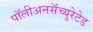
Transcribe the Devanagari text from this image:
पॉलीअनसॅच्युरेटेड